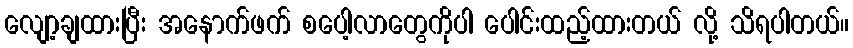
လျော့ချထားပြီး အနောက်ဖက် စပေါ့လာတွေကိုပါ ပေါင်းထည့်ထားတယ် လို့ သိရပါတယ်။